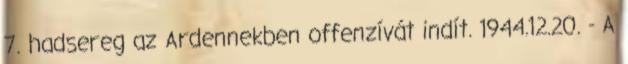
7. hadsereg az Ardennekben offenzívát indít. 1944.12.20. - A